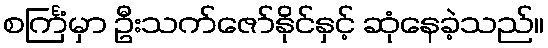
စင်္ကြံမှာ ဦးသက်ဇော်နိုင်နှင့် ဆုံနေခဲ့သည်။